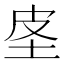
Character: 𰉤